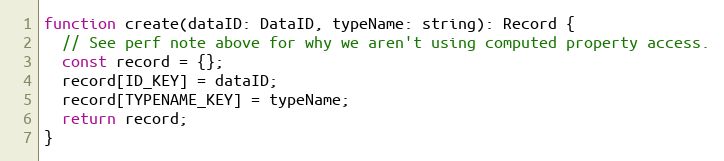
Language: JavaScript
function create(dataID: DataID, typeName: string): Record {
  // See perf note above for why we aren't using computed property access.
  const record = {};
  record[ID_KEY] = dataID;
  record[TYPENAME_KEY] = typeName;
  return record;
}